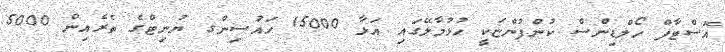
އޮސްޓާފް ހޯލްޑިންސް ކުންފުންޏަކީ ހުޅުމާލޭގައި އަޅާ 15000 ހައުސިންގ ޔުނިޓްގެ ތެރެއިން 5000